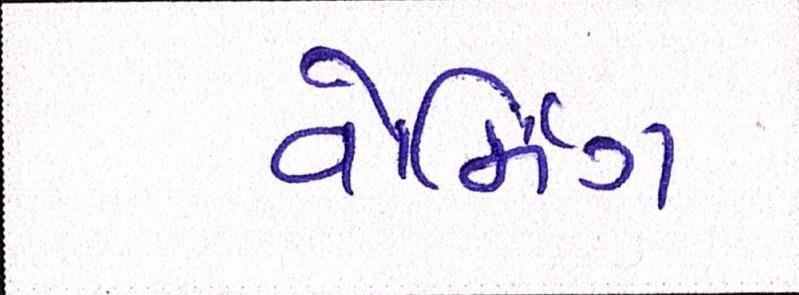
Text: વોર્મિંગ